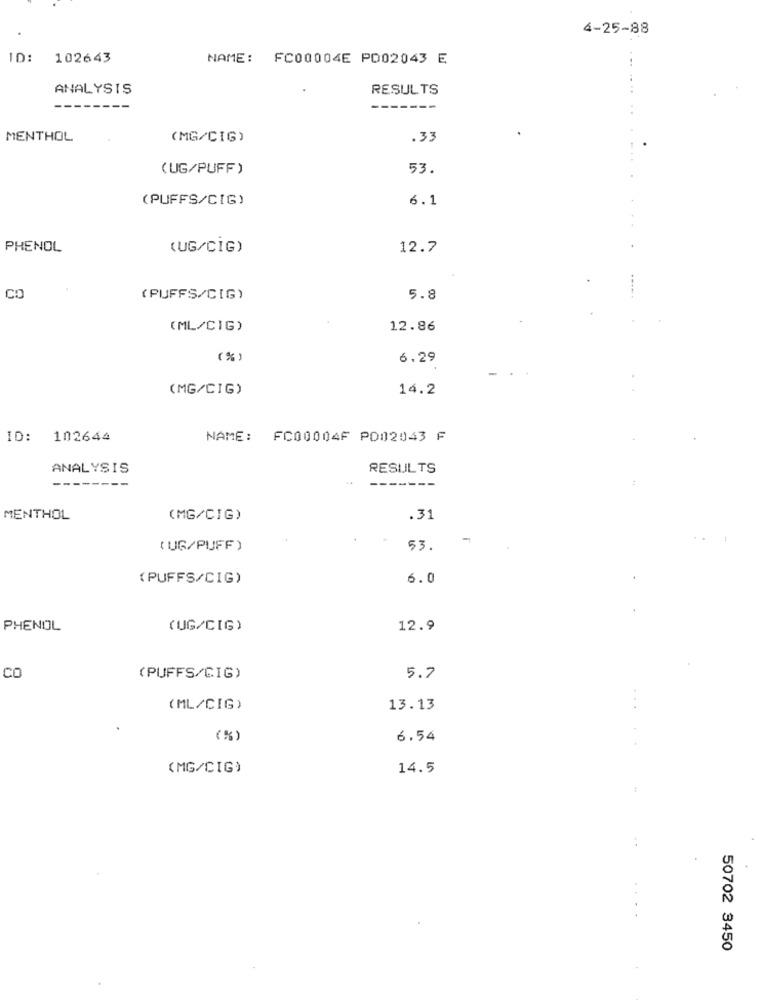
4-25-88
ID: 102643
NAME: FC00004E PO02043 E
ANALYSIS
RESULTS
-------
MENTHOL
(MG/CIG)
.33
(UG/PUFF )
53.
(PUFFS/CIG)
6.1
PHENOL
(UG/CIG)
12.7
CO
(PUFFS/CIG)
5.8
(ML/CIG)
12.86
( % )
6.29
(MG/CIG)
14.2
ID: 102644
NAME: FC00004F PD02043 F
ANALYSIS
RESULTS
--------
-------
MENTHOL
(MG/CIG)
.31
-
( UG/PUFF )
53.
(PUFFS/CIG)
6.0
PHENOL
(UG/CIG)
12.9
CO
(PUFFS/GIG)
5.7
(ML/CIG)
13.13
(%)
6.54
(MG/CIG)
14.5
50702 3450